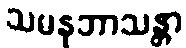
သမနုဘာသန္တာ